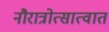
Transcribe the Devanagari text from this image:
नौरात्रोत्सात्वात